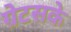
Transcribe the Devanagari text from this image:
ग्रेटसके